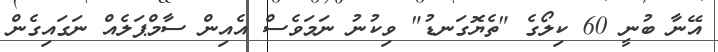
އޭނާ ބުނީ 60 ކިލޯގެ "ތެޔޮގަނޑު" ވިކުނު ނަމަވެސް އެއިން ސާމްޕަލެއް ނަގައިގެން